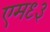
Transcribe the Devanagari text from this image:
एम९३